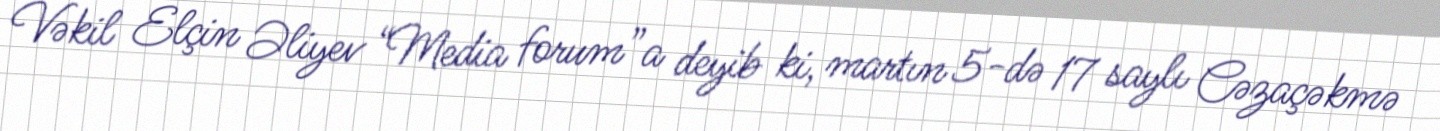
Vəkil Elçin Əliyev “Media forum”a deyib ki, martın 5-də 17 saylı Cəzaçəkmə